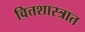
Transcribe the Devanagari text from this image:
वित्तशास्त्रात